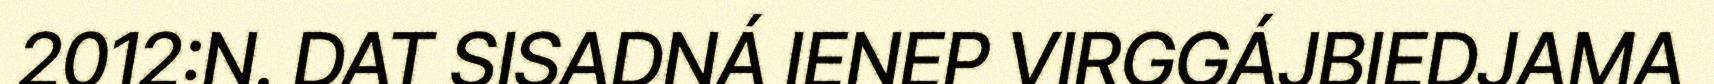
2012:N. DAT SISADNÁ IENEP VIRGGÁJBIEDJAMA